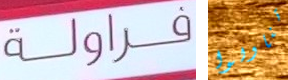
فراولة تناولوا